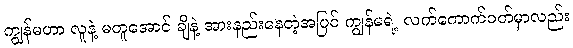
ကျွန်မဟာ လူနဲ့ မတူအောင် ချိနဲ့ အားနည်းနေတဲ့အပြင် ကျွန်မရဲ့ လက်ကောက်ဝတ်မှာလည်း